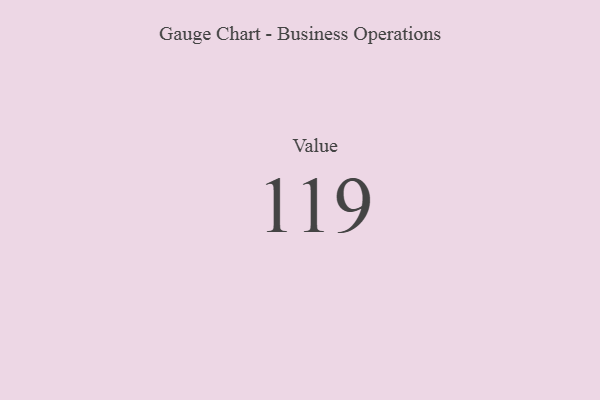
{"axis": {"x": "Metric", "y": "Value"}, "legend": [""], "data": [{"x": "Value", "y": 119, "type": ""}]}